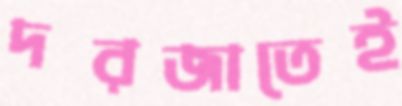
দরজাতেই